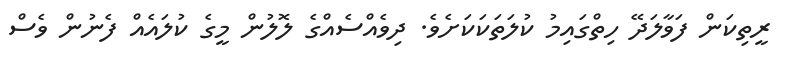
ރީތިކަން ފަވާލަދޭ ހިތްގައިމު ކުލަތަކަކަށެވެ. ދިވެއްސެއްގެ ލޮލުން މީގެ ކުލައެއް ފެނުން ވެސް